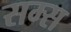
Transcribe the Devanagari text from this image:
सम्स